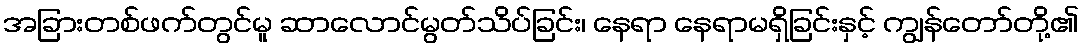
အခြားတစ်ဖက်တွင်မူ ဆာလောင်မွတ်သိပ်ခြင်း၊ နေရာ နေရာမရှိခြင်းနှင့် ကျွန်တော်တို့၏